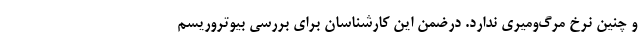
و چنین نرخ مرگ‌ومیری ندارد. درضمن این کارشناسان برای بررسی بیوتروریسم